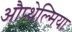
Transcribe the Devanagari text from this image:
औप्थेल्मिया